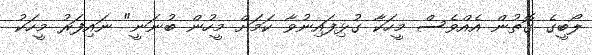
ލޯބީގެ ގޮތުން އެއްވެސް މީހަކާ ގުޅިފައިނުވާ ކަމަށް މީހުން ބުނަނީ" ނައިފަރު މީހަކު